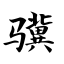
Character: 骥